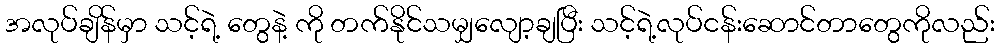
အလုပ်ချိန်မှာ သင့်ရဲ့ တွေနဲ့ ကို တက်နိုင်သမျှလျော့ချပြီး သင့်ရဲ့လုပ်ငန်းဆောင်တာတွေကိုလည်း